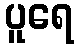
ပူရေ